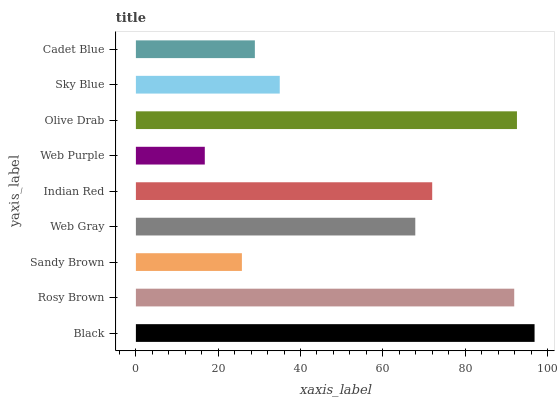
| yaxis_label | bars |
 | --- | --- |
 | Black | 96.9 |
 | Rosy Brown | 91.9 |
 | Sandy Brown | 25.8 |
 | Web Gray | 67.9 |
 | Indian Red | 72 |
 | Web Purple | 16.7 |
 | Olive Drab | 92.6 |
 | Sky Blue | 35 |
 | Cadet Blue | 28.9 |